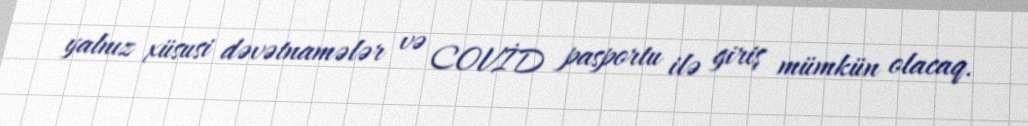
yalnız xüsusi dəvətnamələr və COVİD pasportu ilə giriş mümkün olacaq.